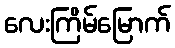
လေးကြိမ်မြောက်